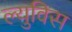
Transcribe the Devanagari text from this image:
ल्युविस